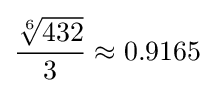
{\frac {\sqrt[{6}]{432}}{3}}\approx 0.9165